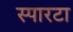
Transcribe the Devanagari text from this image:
स्पारटा